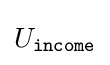
U_{\texttt {income}}